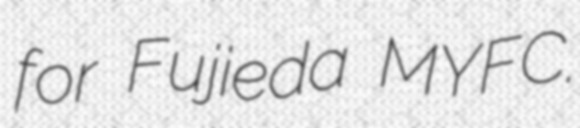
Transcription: for Fujieda MYFC.